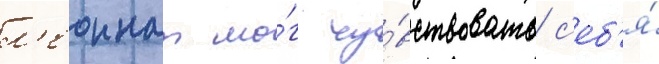
л'еоннат мо́г чу́вствовать с'еб'я́